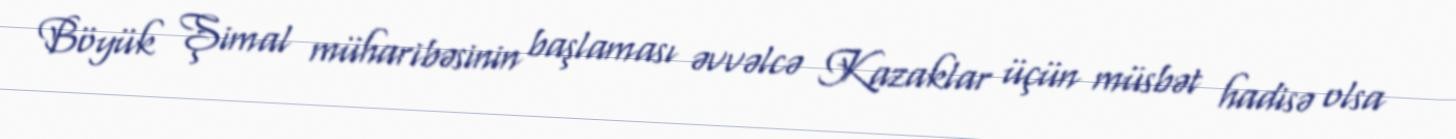
Böyük Şimal müharibəsinin başlaması əvvəlcə Kazaklar üçün müsbət hadisə olsa